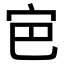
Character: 𭓡